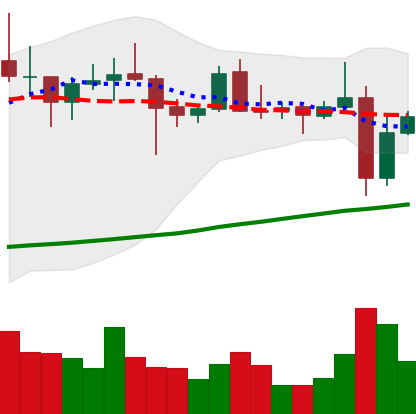
Ticker: XRP-USD
Chart end date: 2021-10-29
Forward return: 11.77%
Label: up_7plus